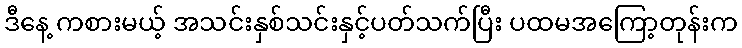
ဒီနေ့ ကစားမယ့် အသင်းနှစ်သင်းနှင့်ပတ်သက်ပြီး ပထမအကြော့တုန်းက